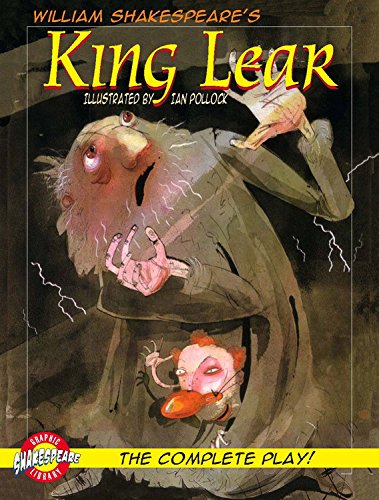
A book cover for King Lear (Graphic Shakespeare) (Graphic Shakespeare Library); William Shakespeare; Comics & Graphic Novels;